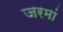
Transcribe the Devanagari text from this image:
जरमां